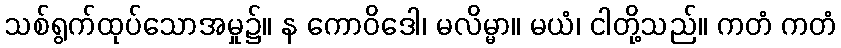
သစ်ရွက်ထုပ်သောအမှု၌။ န ကောဝိဒေါ၊ မလိမ္မာ။ မယံ၊ ငါတို့သည်။ ကတံ ကတံ